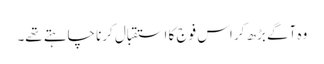
وہ آگے بڑھ کر اس فوج کا استقبال کرنا چاہتے تھے۔